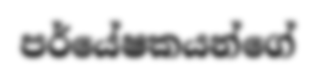
පර්යේෂකයන්ගේ